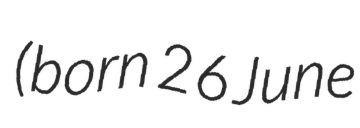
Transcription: (born 26 June